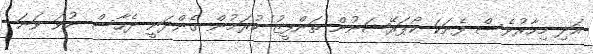
އަދި މިހާރުވެސް ފެނަކަ ކޯޕަރޭޝަނުން ތަންފީޒު ކުރަމުން ގެންދަނީ ދެހާސް ނުވަ ވަނަ